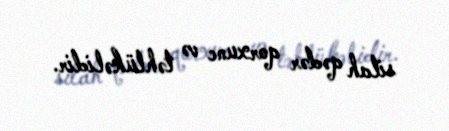
silah qədər qorxunc və təhlükəlidir.